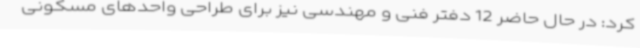
کرد: در حال حاضر 12 دفتر فنی و مهندسی نیز برای طراحی واحدهای مسکونی